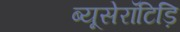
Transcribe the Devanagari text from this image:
ब्यूसेरॉटिड़ि